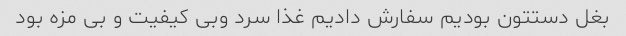
بغل دستتون بودیم سفارش دادیم غذا سرد وبی کیفیت و بی مزه بود